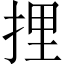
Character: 捚